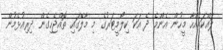
ލައްކައެއްހާ މީހުން އެންމެ ދެ އަކަ ކިލޯމީޓަރުގެ މި މާލޭގައި ތޮއްޖެހިގެން ދިރިއުޅެމުން